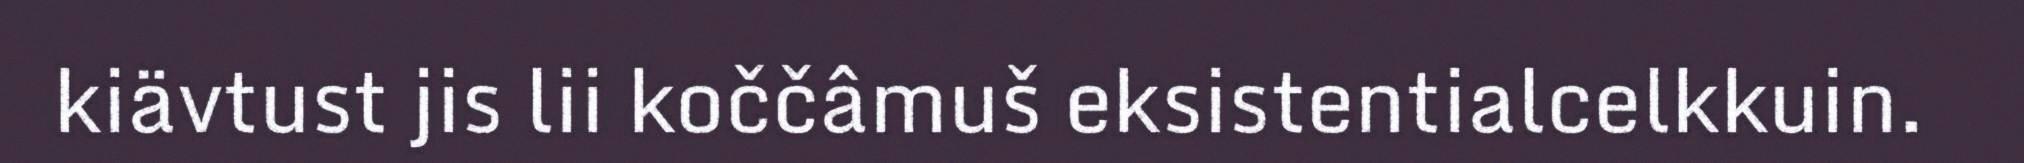
kiävtust jis lii koččâmuš eksistentialcelkkuin.